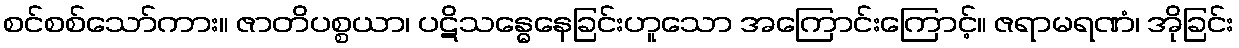
စင်စစ်သော်ကား။ ဇာတိပစ္စယာ၊ ပဋိသန္ဓေနေခြင်းဟူသော အကြောင်းကြောင့်။ ဇရာမရဏံ၊ အိုခြင်း